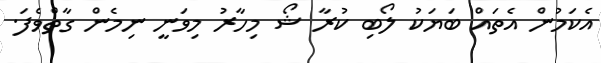
އެކަމުން އެތައް ބަޔަކު ލޯބި ކުރާ ޝޯ މިހާރު މިވަނީ ނިމެން ގާތްވެފަ.